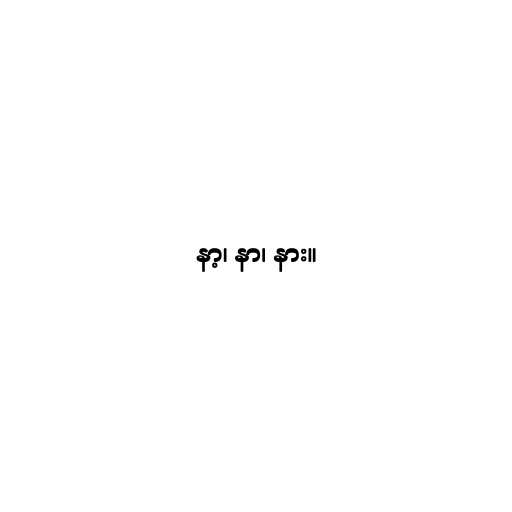
နာ့၊ နာ၊ နား။